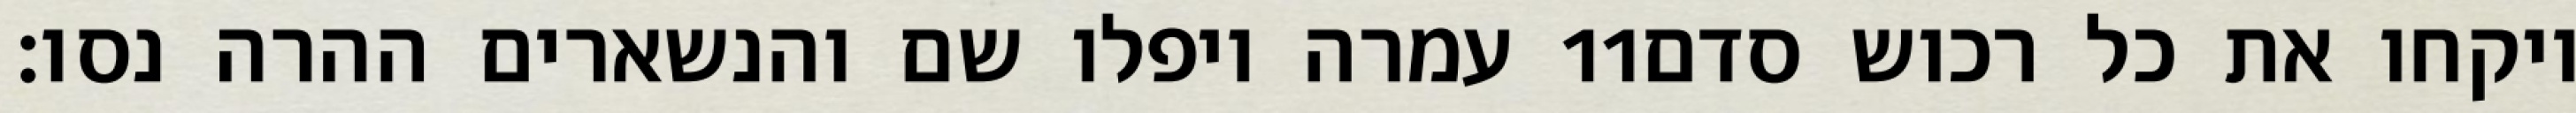
עמרה ויפלו שם והנשארים ההרה נסו׃ ‎11‏ ויקחו את כל רכוש סדם